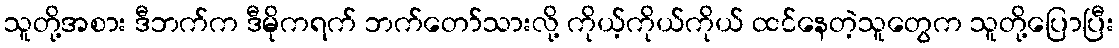
သူတို့အစား ဒီဘက်က ဒီမိုကရက် ဘက်တော်သားလို့ ကိုယ့်ကိုယ်ကိုယ် ထင်နေတဲ့သူတွေက သူတို့ပြောပြီး